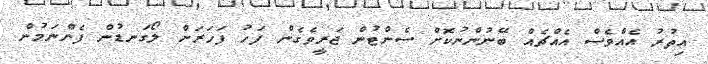
އިތުރު އެއްވެސް އެއްޗެއް ބޭނުންނުކޮށް ސެންޓުން ޖަރީވެގެން ފަހު ފަހަރަށް ލޯގަނޑުން ފެންނަމުން